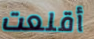
أقلعت